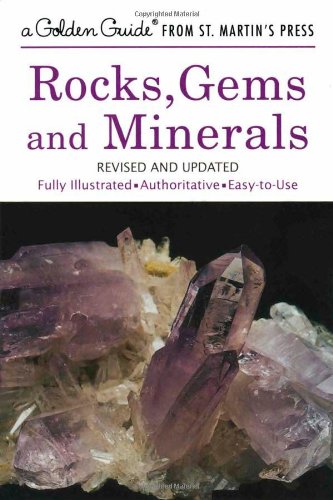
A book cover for Rocks, Gems and Minerals (A Golden Guide from St. Martin's Press); Paul R. Shaffer; Science & Math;